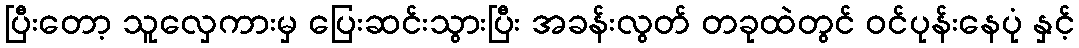
ပြီးတော့ သူလှေကားမှ ပြေးဆင်းသွားပြီး အခန်းလွတ် တခုထဲတွင် ဝင်ပုန်းနေပုံ နှင့်